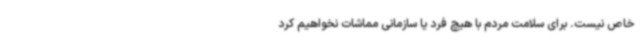
خاص نیست. برای سلامت مردم با هیچ فرد یا سازمانی مماشات نخواهیم کرد